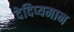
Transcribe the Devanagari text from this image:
देदिप्यमान